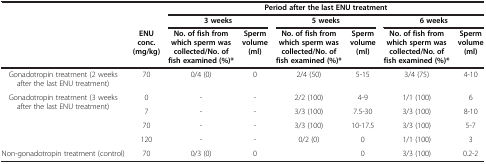
|  |  | <COLSPAN=6> Period after the last ENU treatment |
 |  |  | <COLSPAN=2> 3 weeks | <COLSPAN=2> 5 weeks | <COLSPAN=2> 6 weeks |
 |  | ENU conc. (mg/kg) | No. of fish from which sperm was collected/No. of fish examined (%)* | Sperm volume (ml) | No. of fish from which sperm was collected/No. of fish examined (%)* | Sperm volume (ml) | No. of fish from which sperm was collected/No. of fish examined (%)* | Sperm volume (ml) |
 | --- | --- | --- | --- | --- | --- | --- | --- |
 | Gonadotropin treatment (2 weeks after the last ENU treatment) | 70 | 0/4 (0) | 0 | 2/4 (50) | 5-15 | 3/4 (75) | 4-10 |
 | <ROWSPAN=4> Gonadotropin treatment (3 weeks after the last ENU treatment) | 0 | - | - | 2/2 (100) | 4-9 | 1/1 (100) | 6 |
 | 7 | - | - | 3/3 (100) | 7.5-30 | 3/3 (100) | 8-10 |
 | 70 | - | - | 3/3 (100) | 10-17.5 | 3/3 (100) | 5-7 |
 | 120 | - | - | 0/2 (0) | 0 | 1/1 (100) | 3 |
 | Non-gonadotropin treatment (control) | 70 | 0/3 (0) | 0 |  | 0 | 3/3 (100) | 0.2-2 |